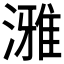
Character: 𪷐